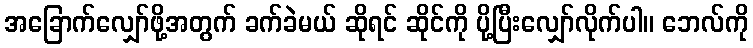
အခြောက်လျှော်ဖို့အတွက် ခက်ခဲမယ် ဆိုရင် ဆိုင်ကို ပို့ပြီးလျှော်လိုက်ပါ။ ဘေလ်ကို